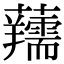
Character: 𧅘